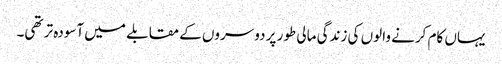
یہاں کام کرنے والوں کی زندگی مالی طور پر دوسروں کے مقابلے میں آسودہ تر تھی۔